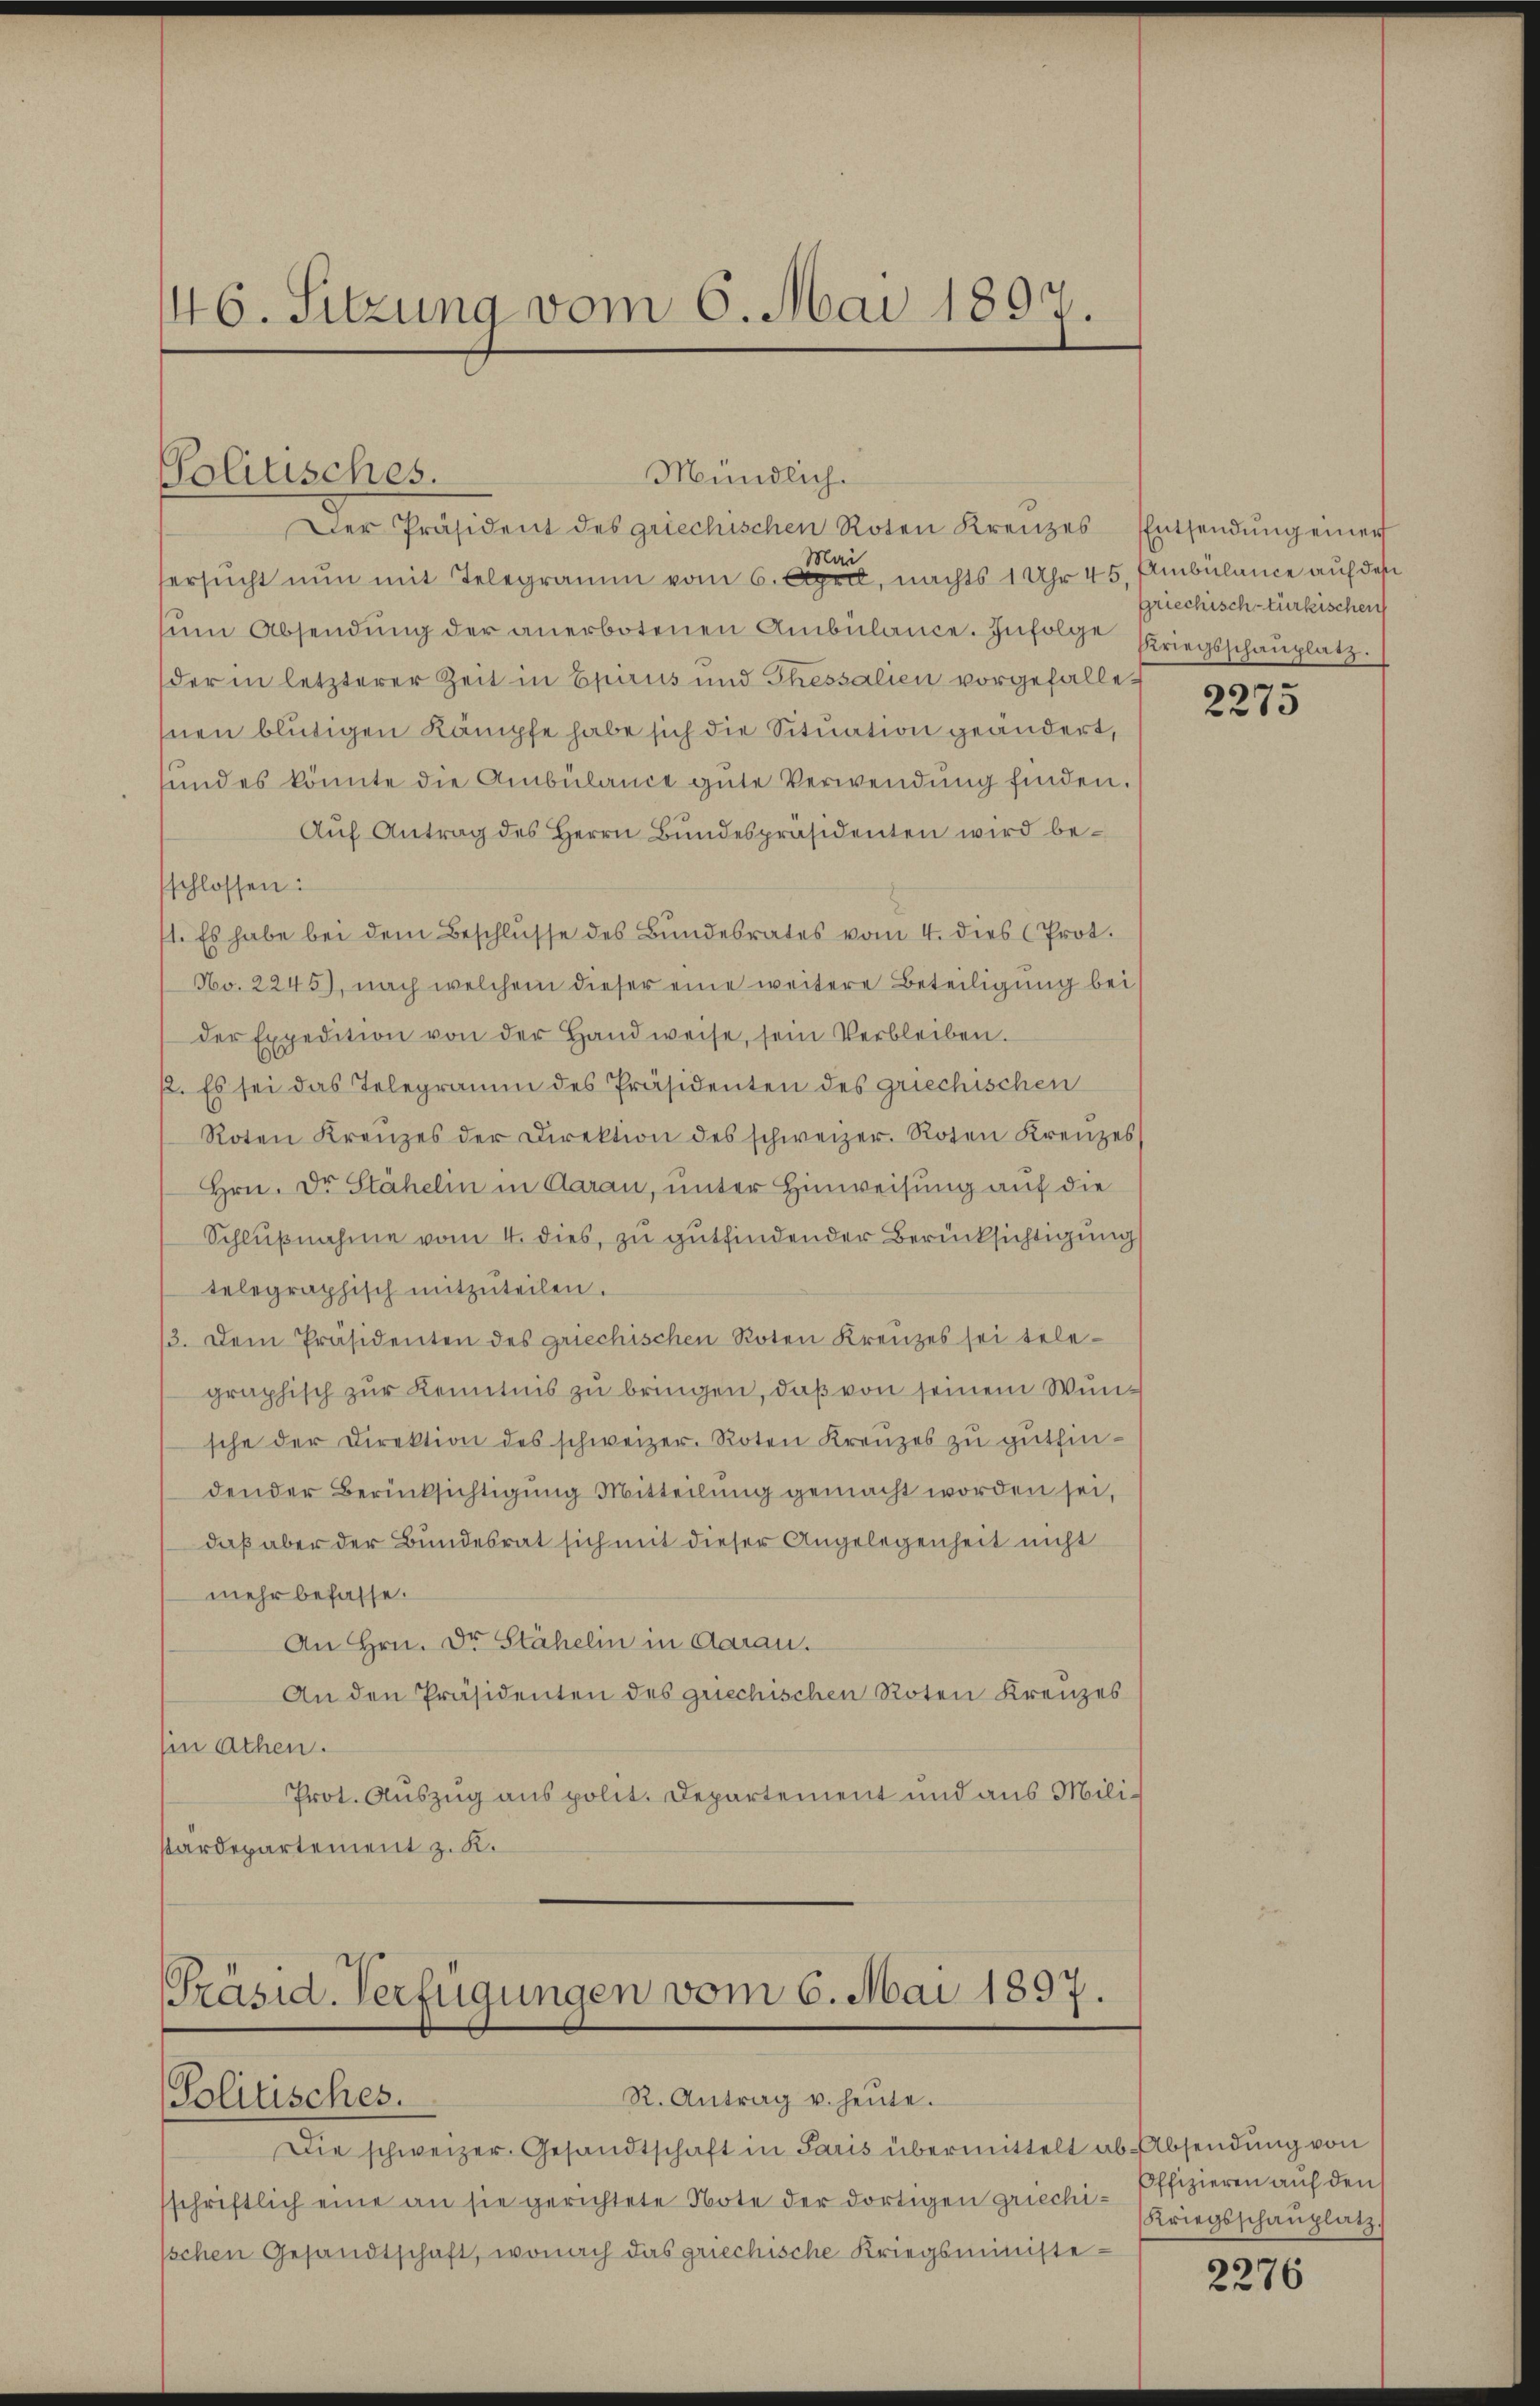
146. Sitzung vom 6. Mai 1897.

Politisches.

Mündlich.
Mai
fersucht nun mit Telegramm vom 6. April, nachts 1 Uhr 45. Ambülance auf des
ŭm Absendŭng der anerbotenen Ambülance. Infolge Kriegsschauplatz
der in letzterer Zeit in Epirus und Thessalien vorgefallenen blütigen Kämpfe habe sich die Situation geändert,
sund es könnte die Ambülance gute Verwendung finden.
Auf Antrag des Herrn Bundespräsidenten wird beschlossen:
1. Es habe bei dem Beschlŭsse des Bundesrates vom 4. dies (Prot.
No. 2245), nach welchem dieser eine weitere Beteiligung bei
der Expedition von der Handweise, sein Verbleiben.
12. Es sei das Telegramm des Präsidenten des griechischen
Roten Kreuzes der Direktion des schweizer. Roten Kreuzes
Hrn. Dr. Stähelin in Aarau, unter Hinweisung auf die
Schlußnahme vom 4. dies, zu gutfindender Berücksichtigung
telegraphisch mitzŭteilen.
/3. Dem Präsidenten des griechischen Roten Kreuzes sei tele-
graphisch zur Kenntnis zu bringen, daß von seinem Wunsche der Direktion des schweizer. Roten Kreuzes zu gutfindender Berücksichtigung Mitteilung gemacht worden sei,
daß aber der Bundesrat sich mit dieser Angelegenheit nicht
mehr befasse.
An Hrn. Dr. Stähelin in daran.
An den Präsidenten des griechischen Roten Kreuzes
hin achen.
Prot. Auszug aus polit. Departement und aus Milistardepartement z. K.

Der Präsident des griechischen Roten Kreuzes Entsendŭng einer

Präsid-Verfügungen vom 6. Mai 1897.
R. Antrag u. heute.
Politisches.

Die schweizer Gesandtschaft in Paris übermittelt ab Absendung von
sschriftlich eine an sie gerichtete Note der dortigen griechi- Offizieren auf den
sschen Gesandtschaft, wonach das griechische Kriegsministe¬

griechisch-türkischen

2273

(Kriegsschaŭplatz.

2276